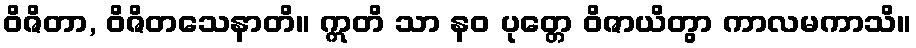
ဝိဇိတာ, ဝိဇိတသေနာတိ။ ဣတိ သာ နဝ ပုတ္တေ ဝိဇာယိတွာ ကာလမကာသိ။